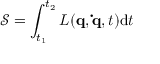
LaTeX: { \mathcal { S } } = \int _ { t _ { 1 } } ^ { t _ { 2 } } L ( \mathbf { q } , \mathbf { \dot { q } } , t ) \mathrm { d } t